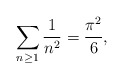
\begin{align*} \sum_{n \geq 1} \frac{1}{n^2} = \frac{\pi^2}{6}, \end{align*}